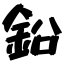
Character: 鉛